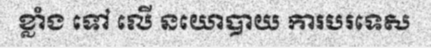
ខ្លាំង ទៅ លើ នយោបាយ ការបរទេស